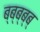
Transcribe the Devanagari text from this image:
ब्ब्ब्ब्ब्